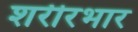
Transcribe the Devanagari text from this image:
शरीरभार